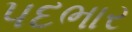
પદભાર